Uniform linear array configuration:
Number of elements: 24
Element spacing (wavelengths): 0.75
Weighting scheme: exponential
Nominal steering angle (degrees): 0
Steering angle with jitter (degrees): -1.312
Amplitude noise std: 0.05
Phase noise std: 0.05

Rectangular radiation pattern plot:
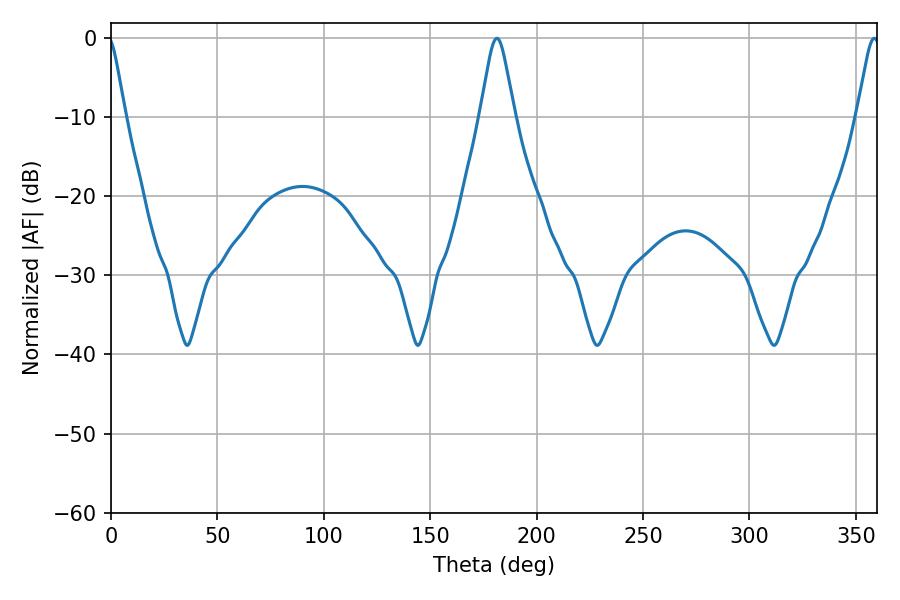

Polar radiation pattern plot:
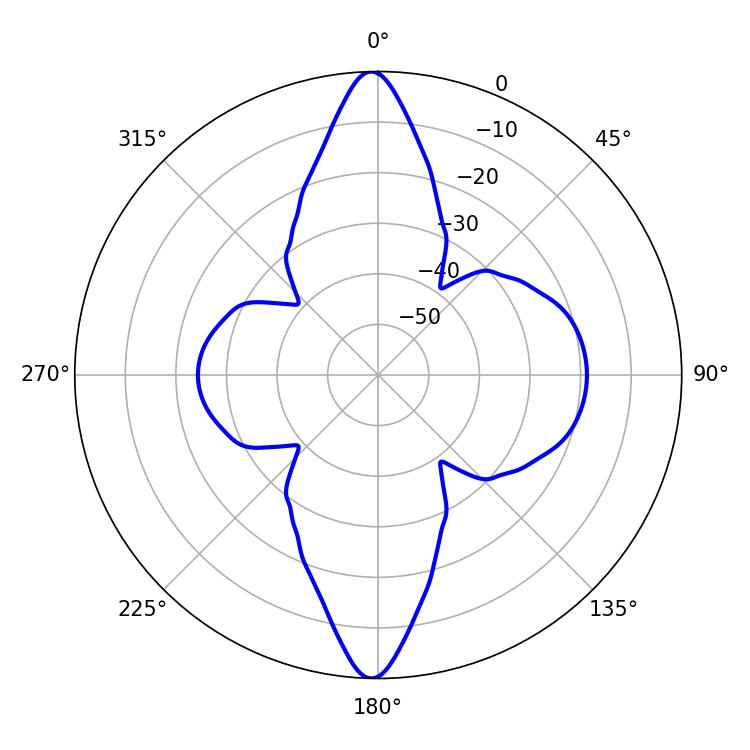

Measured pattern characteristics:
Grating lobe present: TRUE
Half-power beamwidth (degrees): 7.74
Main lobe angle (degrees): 181.26